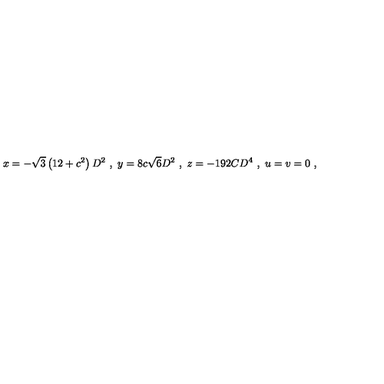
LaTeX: x = - \sqrt { 3 } \left( 1 2 + c ^ { 2 } \right) D ^ { 2 } \ , \ y = 8 c \sqrt { 6 } D ^ { 2 } \ , \ z = - 1 9 2 C D ^ { 4 } \ , \ u = v = 0 \ ,